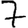
Digit: 7